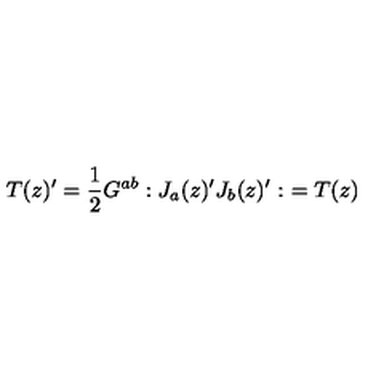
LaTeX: T ( z ) ^ { \prime } = \frac { 1 } { 2 } G ^ { a b } : J _ { a } ( z ) ^ { \prime } J _ { b } ( z ) ^ { \prime } : \ = T ( z )